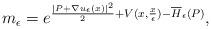
LaTeX: \begin{align*}\begin{aligned}m_\epsilon=e^{\frac{ |P+\nabla u_\epsilon (x ) |^2}{2}+V (x,\frac{x}{\epsilon} )-\overline{H}_\epsilon (P )},\end{aligned}\end{align*}